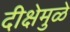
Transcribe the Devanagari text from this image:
दीक्षेमुळे